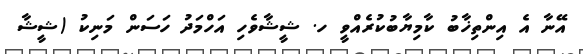
އޭނާ އެ އިންތިޚާބު ކާމިޔާބުކުރެއްވީ ހ. ޝީޝާވެހި އަހްމަދު ހަސަން މަނިކު (ޝީޝާ